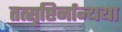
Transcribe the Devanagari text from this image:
तत्सृष्टिर्नान्यथा